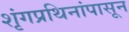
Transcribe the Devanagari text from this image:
शृंगप्रथिनांपासून